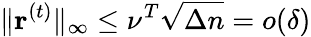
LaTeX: \| \mathbf{r}^{(t)}\| _{\infty}\le\nu^{T}\sqrt{\Delta n}=o(\delta)